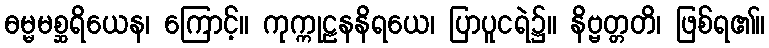
ဓမ္မမစ္ဆရိယေန၊ ကြောင့်။ ကုက္ကုဠနနိရယေ၊ ပြာပူငရဲ၌။ နိဗ္ဗတ္တတိ၊ ဖြစ်ရ၏။